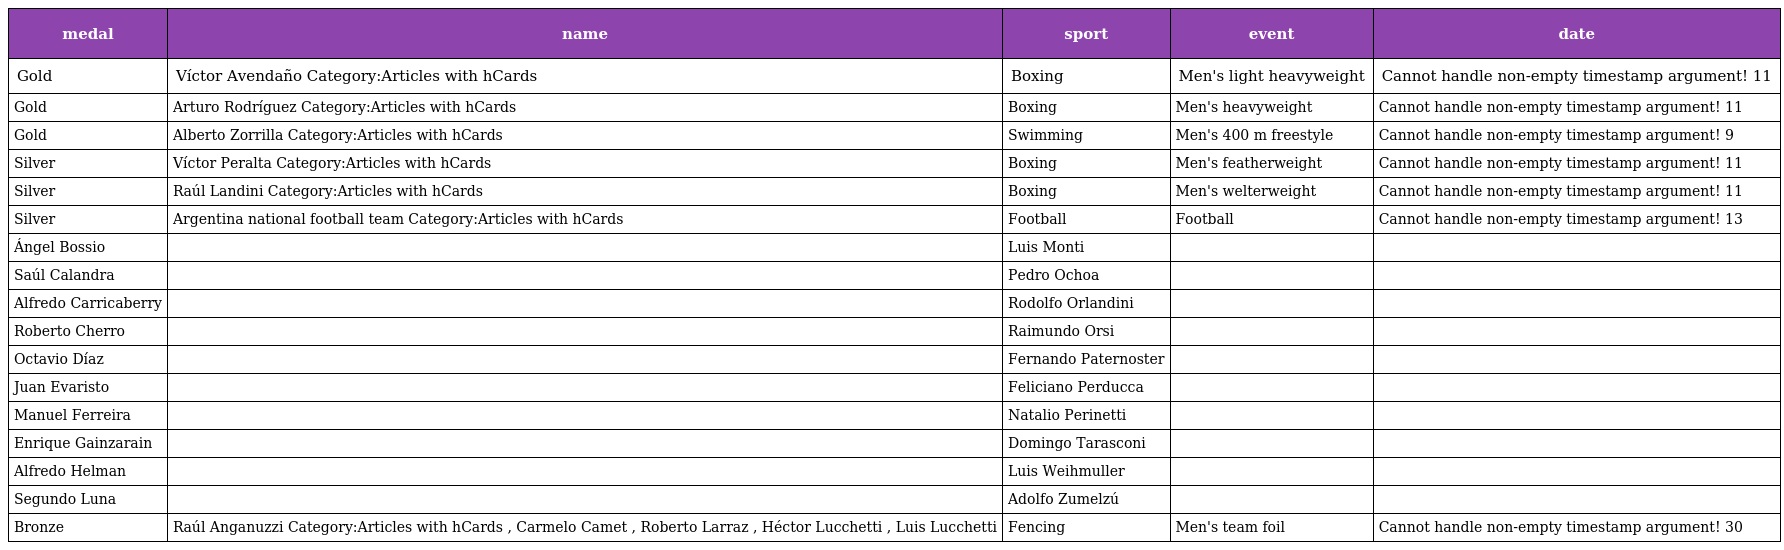
| medal | name | sport | event | date |
 | --- | --- | --- | --- | --- |
 | Gold | Víctor Avendaño Category:Articles with hCards | Boxing | Men's light heavyweight | Cannot handle non-empty timestamp argument! 11 |
 | Gold | Arturo Rodríguez Category:Articles with hCards | Boxing | Men's heavyweight | Cannot handle non-empty timestamp argument! 11 |
 | Gold | Alberto Zorrilla Category:Articles with hCards | Swimming | Men's 400 m freestyle | Cannot handle non-empty timestamp argument! 9 |
 | Silver | Víctor Peralta Category:Articles with hCards | Boxing | Men's featherweight | Cannot handle non-empty timestamp argument! 11 |
 | Silver | Raúl Landini Category:Articles with hCards | Boxing | Men's welterweight | Cannot handle non-empty timestamp argument! 11 |
 | Silver | Argentina national football team Category:Articles with hCards | Football | Football | Cannot handle non-empty timestamp argument! 13 |
 | Ángel Bossio |  | Luis Monti |  |  |
 | Saúl Calandra |  | Pedro Ochoa |  |  |
 | Alfredo Carricaberry |  | Rodolfo Orlandini |  |  |
 | Roberto Cherro |  | Raimundo Orsi |  |  |
 | Octavio Díaz |  | Fernando Paternoster |  |  |
 | Juan Evaristo |  | Feliciano Perducca |  |  |
 | Manuel Ferreira |  | Natalio Perinetti |  |  |
 | Enrique Gainzarain |  | Domingo Tarasconi |  |  |
 | Alfredo Helman |  | Luis Weihmuller |  |  |
 | Segundo Luna |  | Adolfo Zumelzú |  |  |
 | Bronze | Raúl Anganuzzi Category:Articles with hCards , Carmelo Camet , Roberto Larraz , Héctor Lucchetti , Luis Lucchetti | Fencing | Men's team foil | Cannot handle non-empty timestamp argument! 30 |